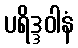
ပရိဒ္ဒဝါနံ